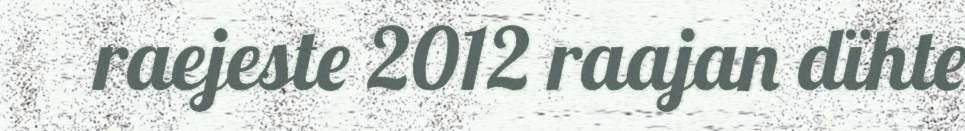
raejeste 2012 raajan dïhte